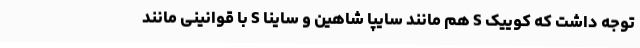
توجه داشت که کوییک S هم مانند سایپا شاهین و ساینا S با قوانینی مانند